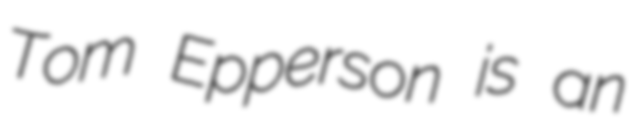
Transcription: Tom Epperson is an